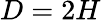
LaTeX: D=2H